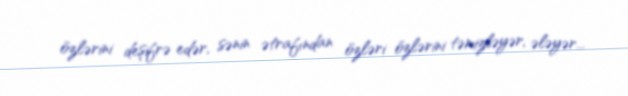
özlərini deşifrə edər, sənin ətrafından özləri özlərini təmizləyər, ələyər...